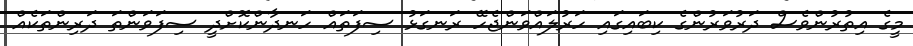
މީގެ އިތުރުންވެސް ދަރުވަރުންގެ ކިބައިގައި ހަރުލައްވަންޖެހޭ ރަނގަޅު ސިފަތައް ހަނދާންކޮށްދީ ސިފަވަންތަ ދަރިންތަކެއް